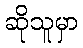
ဆိုသူမှာ